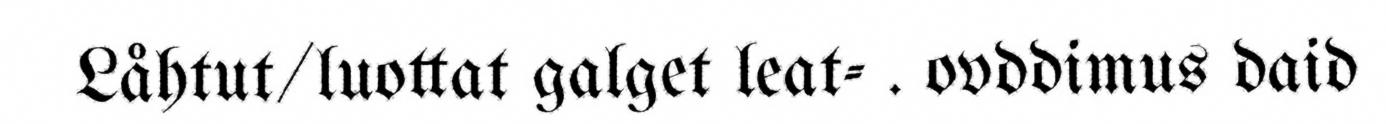
Låhtut/luottat galget leat- . ovddimus daid